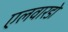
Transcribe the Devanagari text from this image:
एलवारडो